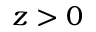
z > 0